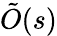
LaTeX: {\tilde{O}}(s)